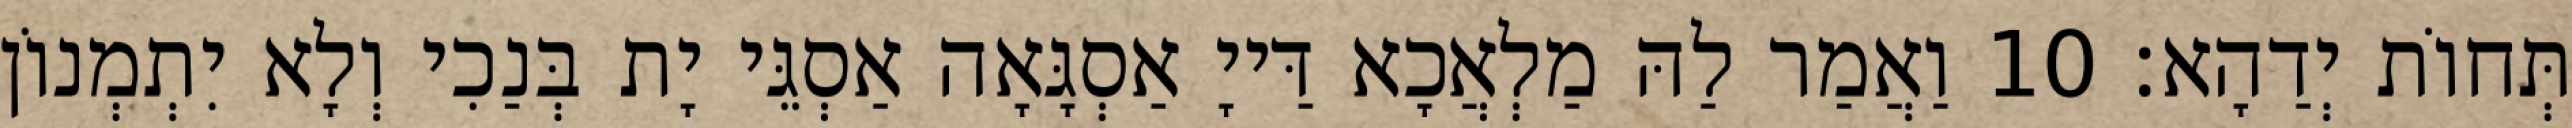
תְּחוֹת יְדַהָא׃ 10 וַאֲמַר לַהּ מַלְאֲכָא דַּייָ אַסְגָּאָה אַסְגֵּי יָת בְּנַכִי וְלָא יִתְמְנוֹן